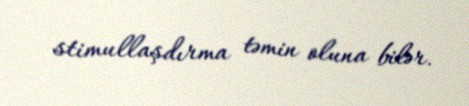
stimullaşdırma təmin oluna bilər.